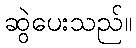
ဆွဲပေးသည်။